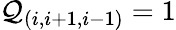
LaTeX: {\cal Q}_{(i,i+1,i-1)}=1